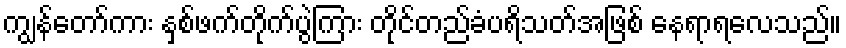
ကျွန်တော်ကား နှစ်ဖက်တိုက်ပွဲကြား တိုင်တည်ခံပရိသတ်အဖြစ် နေရာရလေသည်။